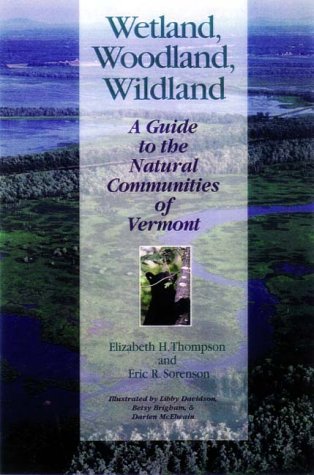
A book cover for Wetland, Woodland, Wildland: A Guide to the Natural Communities of Vermont (Middlebury Bicentennial Series in Environmental Studies); Elizabeth H. Thompson; Sports & Outdoors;